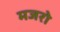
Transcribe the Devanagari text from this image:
मजरो